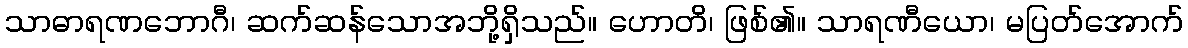
သာဓာရဏဘောဂီ၊ ဆက်ဆန်သောအဘို့ရှိသည်။ ဟောတိ၊ ဖြစ်၏။ သာရဏီယော၊ မပြတ်အောက်